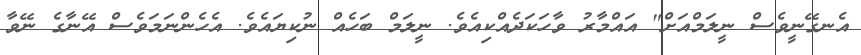
އެނގޭނީވެސް ނީލަމްއަށް" އައްމާރު ވާހަކަދެއްކިއެވެ. ނީލަމް ބަހެއް ނުކިޔައެވެ. އެހެންނަމަވެސް އޭނާގެ ނޭވާ